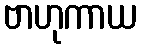
ဗာဟုကာယ